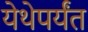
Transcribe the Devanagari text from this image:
येथेपर्यंत